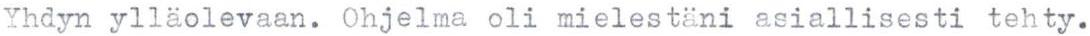
Yhdyn ylläolevaan. Ohjelma oli mielestäni asiallisesti tehty.